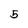
Character: 5